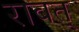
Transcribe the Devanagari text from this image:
रावत्